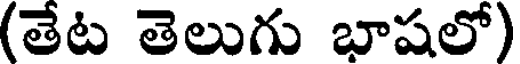
(తేట తెలుగు భాషలో)